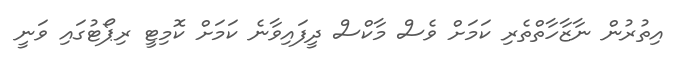
އިތުރުން ނާޒާހާތްތެރި ކަމަށް ވެސް މާކްސް ދީފައިވާނެ ކަމަށް ކޮމިޓީ ރިޕޯޓުގައި ވަނީ